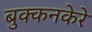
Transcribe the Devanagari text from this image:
बुक्कनकेरे